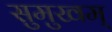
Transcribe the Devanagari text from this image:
सुमुखम्